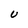
Character: U